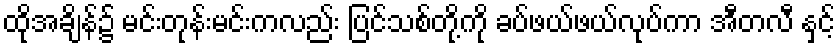
ထိုအချိန်၌ မင်းတုန်းမင်းကလည်း ပြင်သစ်တို့ကို ခပ်ဖယ်ဖယ်လုပ်ကာ အီတလီ နှင့်